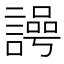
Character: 𮘲